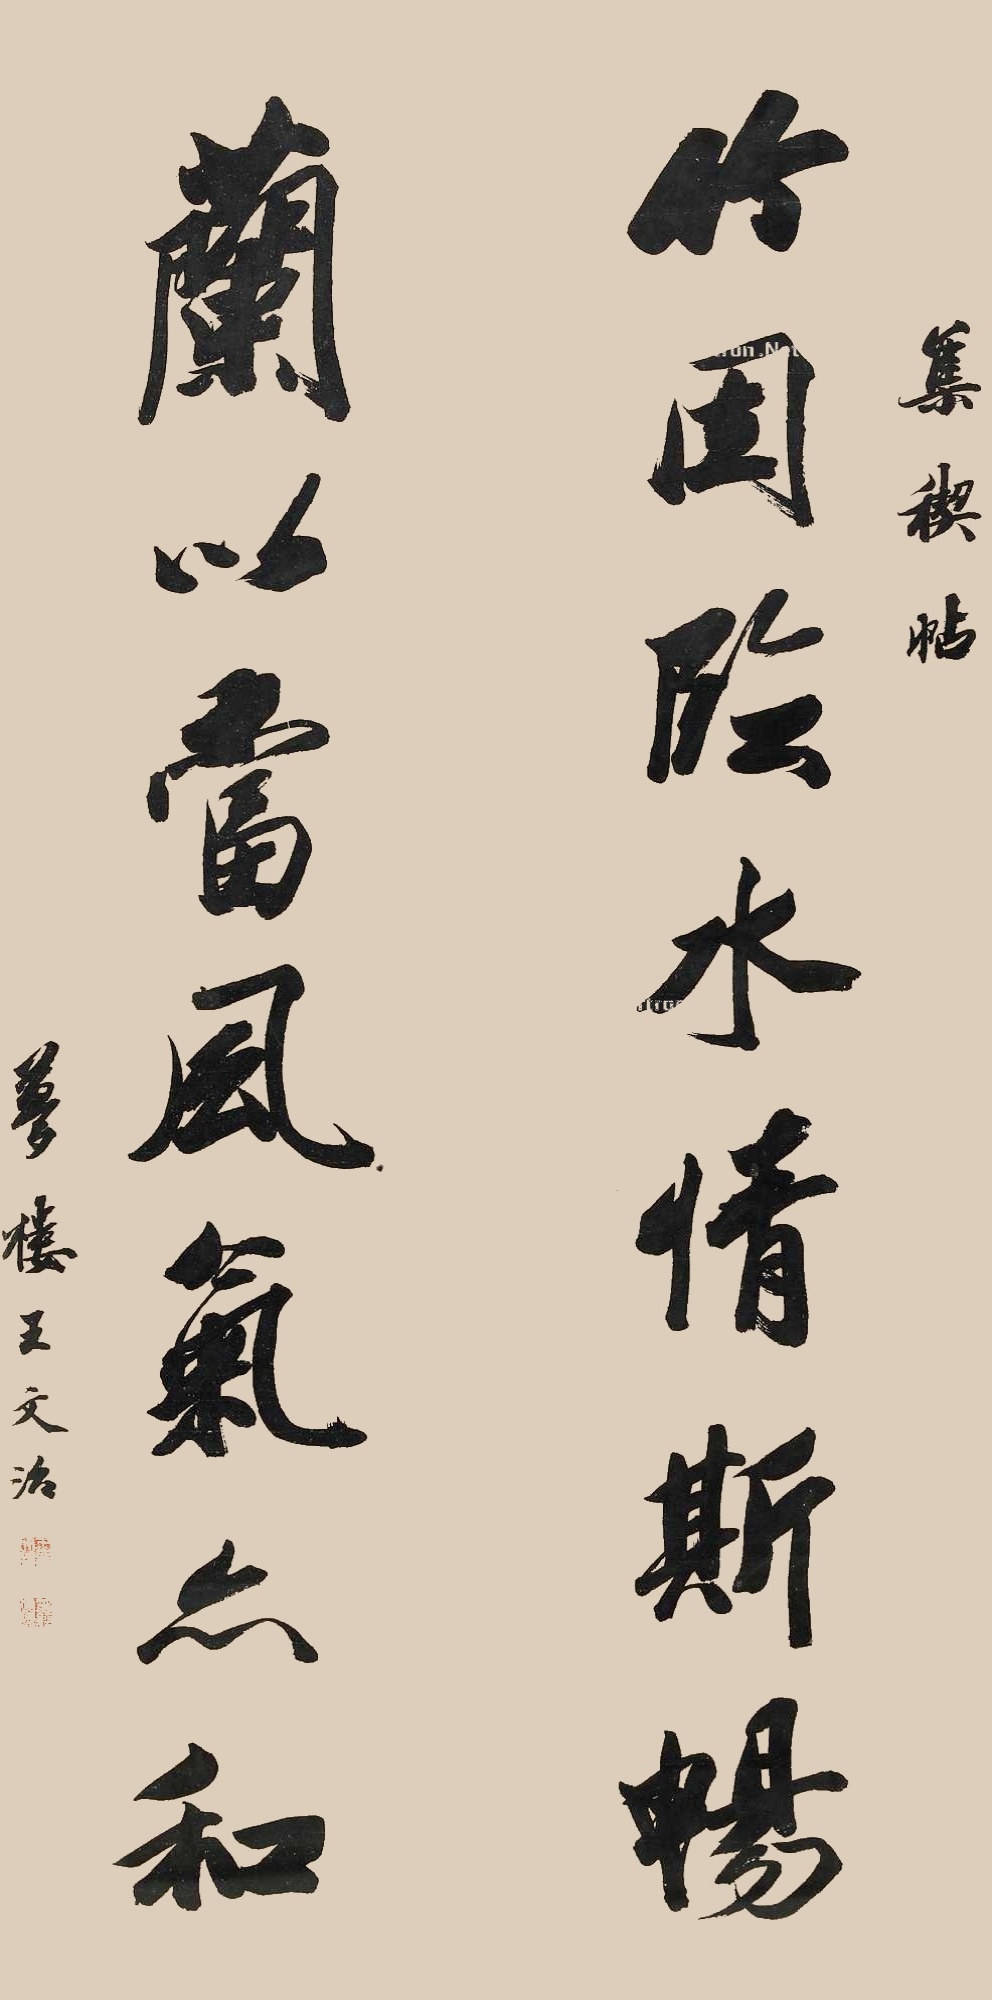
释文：竹因临水情诗畅，兰以当风气亦和。集禊贴，梦楼王文治。